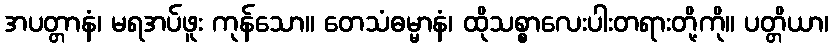
အပတ္တာနံ၊ မရအပ်ဖူး ကုန်သော။ တေသံဓမ္မာနံ၊ ထိုသစ္စာလေးပါးတရားတို့ကို။ ပတ္တိယာ၊